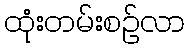
ထုံးတမ်းစဉ်လာ